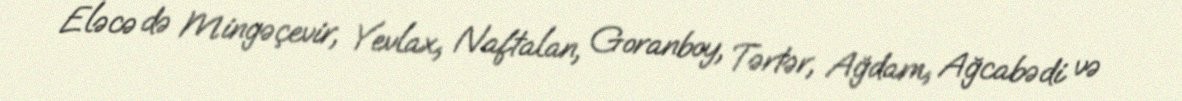
Eləcə də Mingəçevir, Yevlax, Naftalan, Goranboy, Tərtər, Ağdam, Ağcabədi və